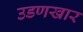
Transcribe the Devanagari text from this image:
उडणखार